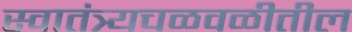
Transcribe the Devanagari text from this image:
स्वातंत्र्यचळवळीतील